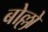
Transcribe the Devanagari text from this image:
बोल्लो